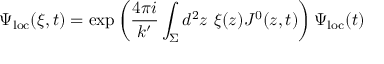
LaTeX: \Psi _ { \mathrm { l o c } } ( \xi , t ) = \exp \left( \frac { 4 \pi i } { k ^ { \prime } } \int _ { \Sigma } d ^ { 2 } z ~ \xi ( z ) J ^ { 0 } ( z , t ) \right) \Psi _ { \mathrm { l o c } } ( t )